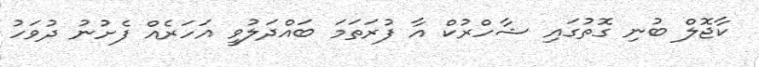
ކާޖޮލް ބުނި ގޮތުގައި ޝާހްރުކް އާ ފުރަތަމަ ބައްދަލުވީ އަހަރެއް ފެށުނު ދުވަހު